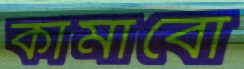
কামাবো